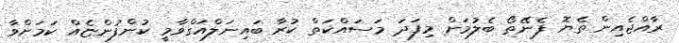
ރާއްޖެއިން ތެޔޮ ފެނޭތޯ ބެލުމަށް މިފަދަ މަސައްކަތް ކުރާ ބައިނަލްއަގްވާމީ ކުންފުންޏެއް ކަމަށްވާ